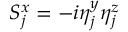
S _ { j } ^ { x } = - i \eta _ { j } ^ { y } \eta _ { j } ^ { z }